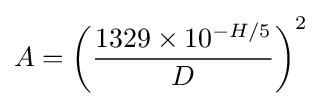
A=\left({\frac {1329\times 10^{-H/5}}{D}}\right)^{2}